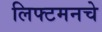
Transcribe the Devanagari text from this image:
लिफ्टमनचे